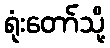
ရုံးတော်သို့